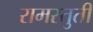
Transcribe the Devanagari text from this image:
रामस्तुती